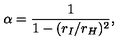
\alpha = \frac { 1 } { 1 - ( r _ { I } / r _ { H } ) ^ { 2 } } ,